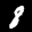
Label: 8